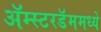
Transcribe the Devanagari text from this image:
ॲम्स्टरडॅममध्ये